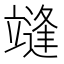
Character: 𰻓